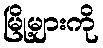
မြို့များကို